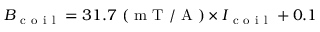
B _ { \mathrm { ~ c ~ o ~ i ~ l ~ } } = 3 1 . 7 ~ ( \mathrm { ~ m ~ T ~ / ~ A ~ } ) \times I _ { \mathrm { ~ c ~ o ~ i ~ l ~ } } + 0 . 1